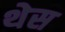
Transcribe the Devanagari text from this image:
थेस